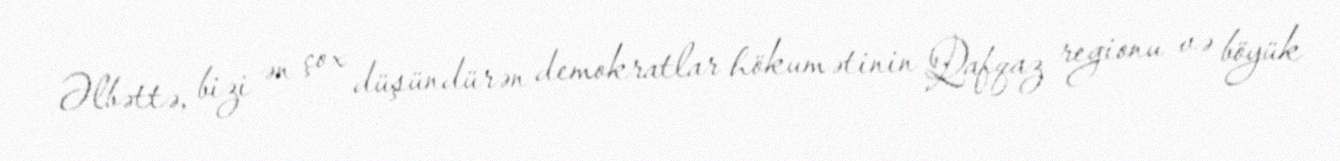
Əlbəttə, bizi ən çox düşündürən demokratlar hökumətinin Qafqaz regionu və böyük